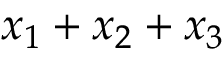
x _ { 1 } + x _ { 2 } + x _ { 3 }